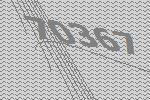
70367